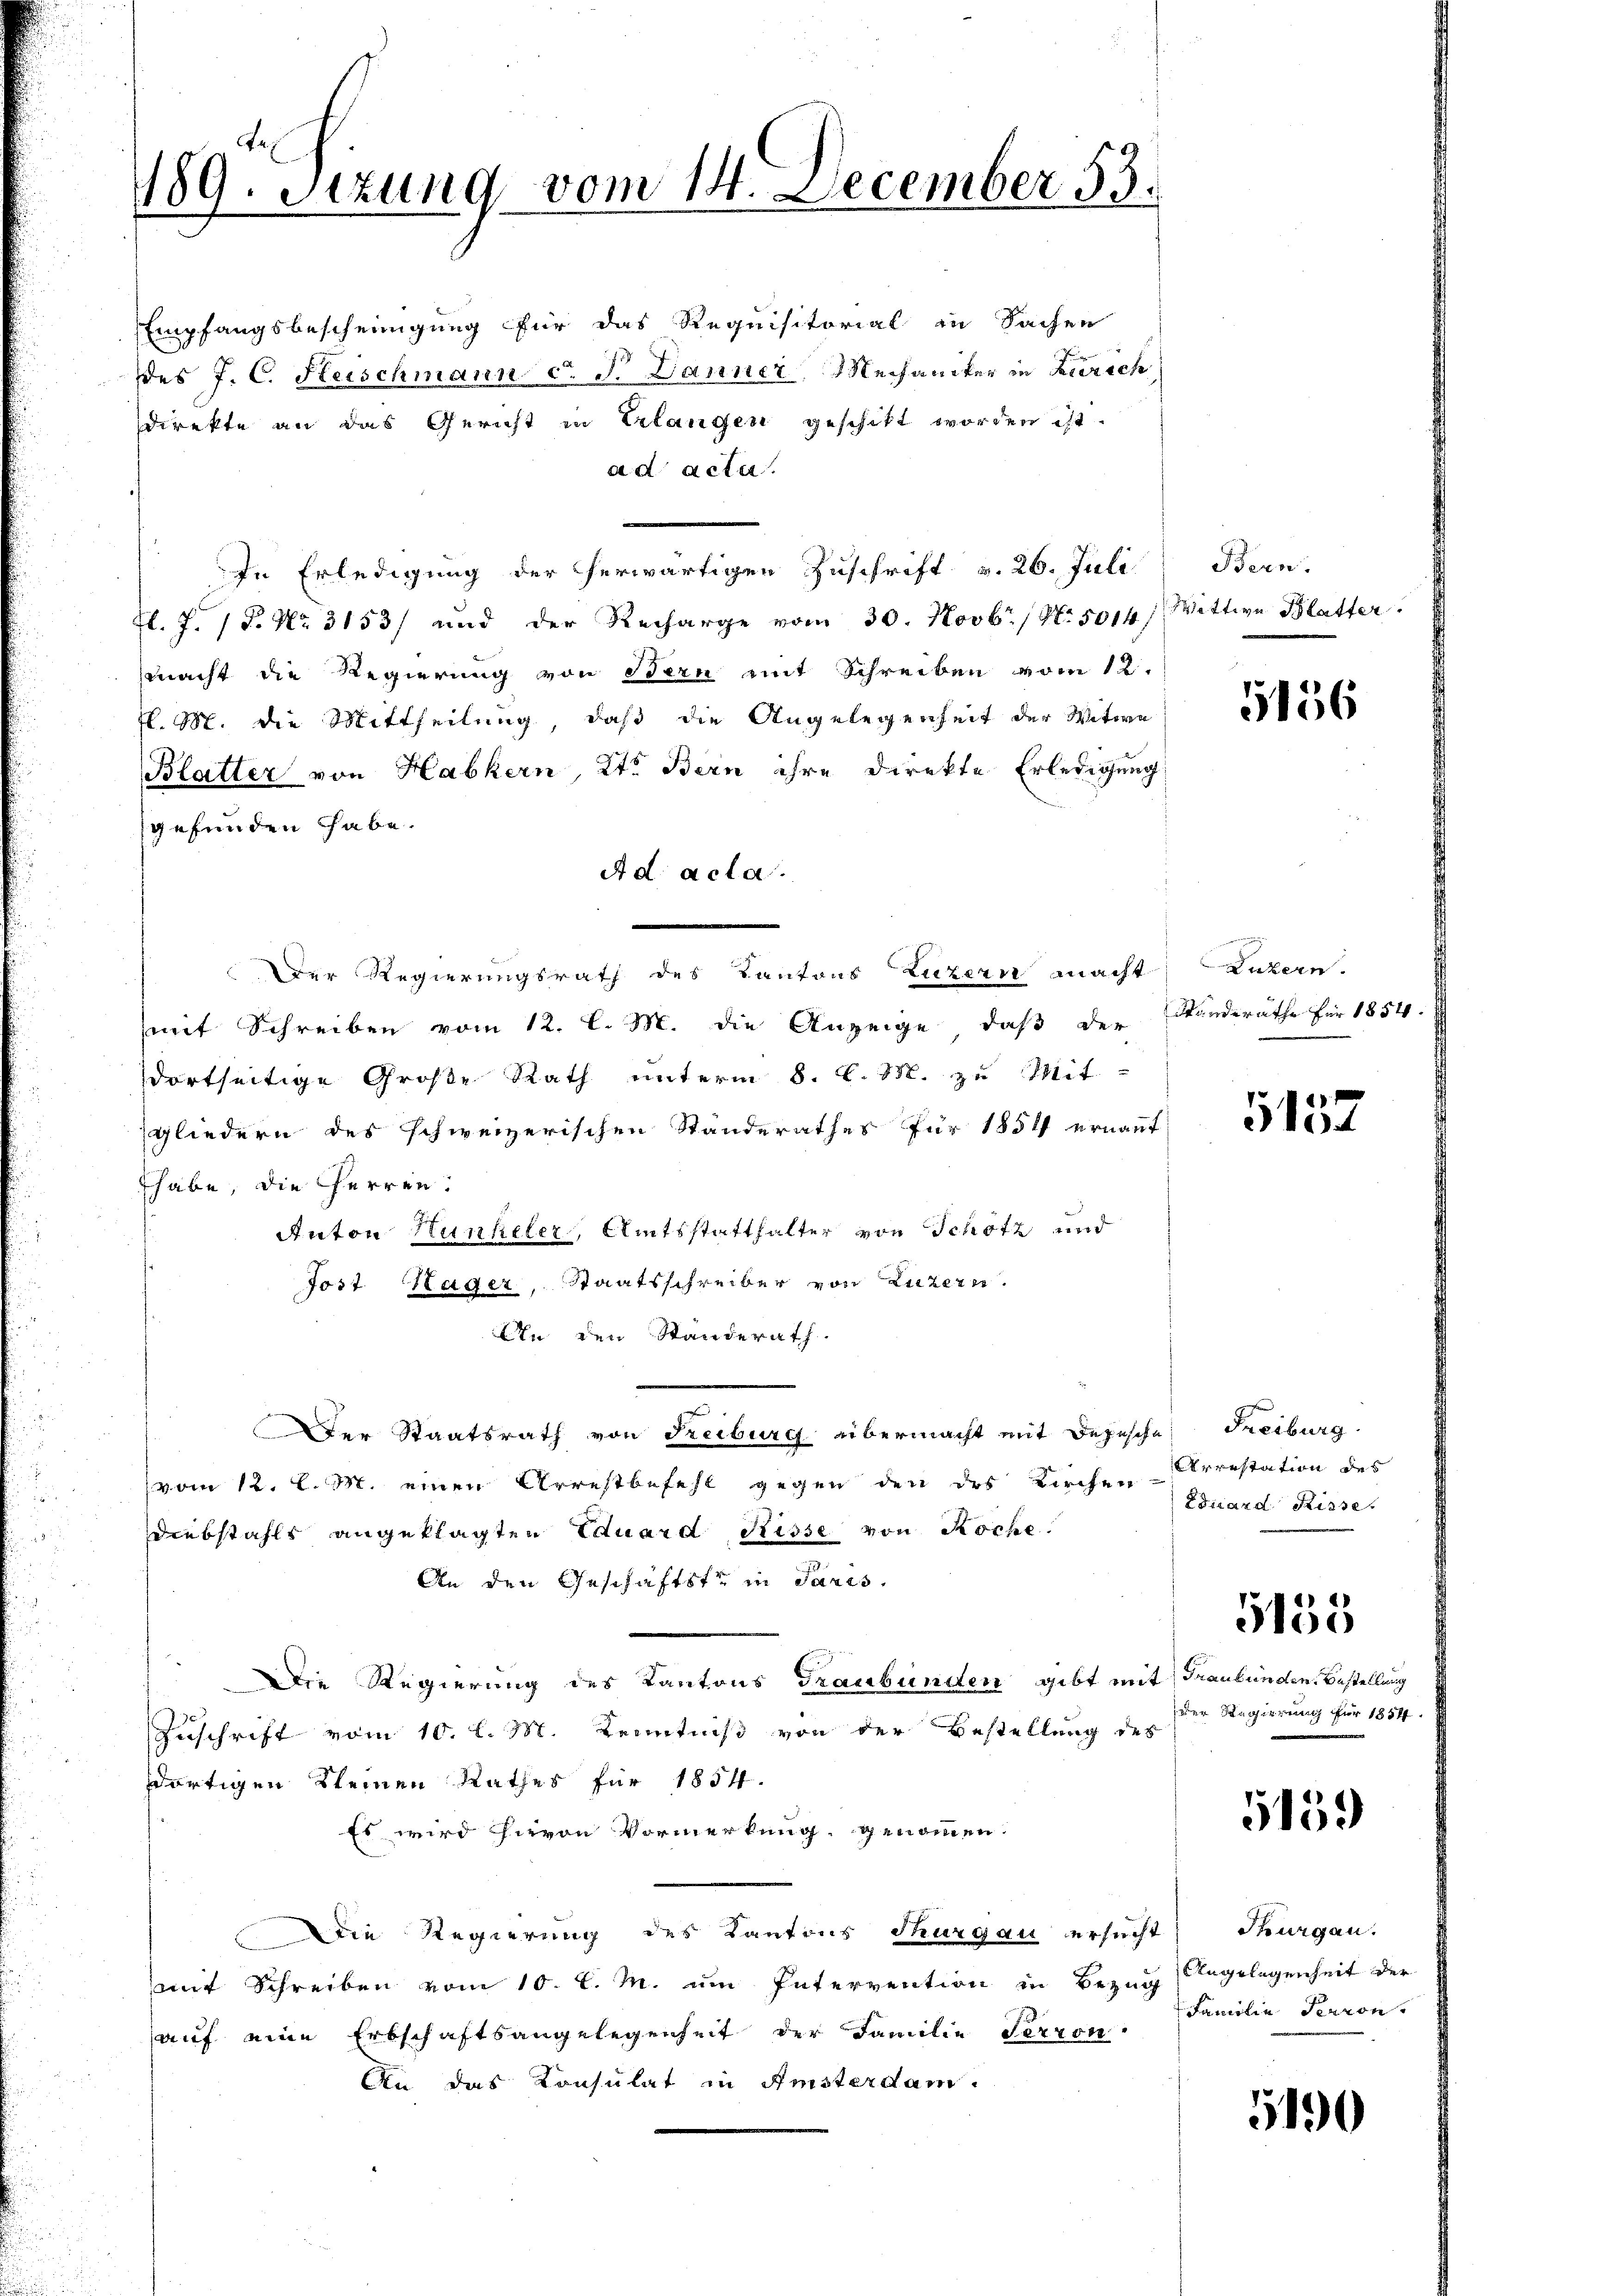
Empfangsbescheinigung für das Requisitorial in Sachen
ddes J. C. Heischmann c. J. Danner, Mechaniker in Zürich
direkte an das Gericht in Erlangen geschikt worden ist.
ad acter
In Erledigung der herwärtigen Zuschrift v. 26. Juli
F. J. P. Nr. 3153/ und der Recharge vom 30. Novbr. / No. 5014) Wittwe Blatter.
macht die Regierung von Bern mit Schreiben vom 12.
fl. M. die Mittheilung, daß die Angelegenheit der Witwe
Blatter von Habkern, Kt. Bern ihre Direkte Erledigung
gefunden habe.
A d acta.
Der Regierungsrath des Kantons Luzern macht
mit Schreiben vom 12. l. M. die Anzeige, daß der Standeräthe für 1854.
dortseitige Große Rath unterm 8. d. M. zu Mit-
gliedern des schweizerischen Standerathes für 1851 ernannt
habe, die Herren.
Anton Hunkeler, Amtsstatthalter von Schotz und
Jost Sager, Staatsschreiber von Luzern.
An den Standerath.
Der Staatsrath von Freiburg übermacht mit Depesche
(vom 12. d. M. einen Arrestbefehl gegen den des Kirchen
Diebstahls angeklagten Eduard Risse von Roche.
An den Geschäftste in Paris.
Die Regierung des Kantons Graubünden gibt mit Graubünden Bestellung
Zuschrift vom 10. l. M. Kenntniß von der Bestellung des
dortigen Kleinen Rathes für 1854.
Es wird hievon Vormerkung genommen.
Die Regierung des Kantons Thurgau ersucht
mit Schreiben vom 10. l. M. um Intervention in Bezug Angelegenheit der
auf eine Erbschaftsangelegenheit der Familie Terron
An das Konsulat in Amsterdam-

189. Sitzung vom 14. December 53.

Bern.

5156

Luzern.

5137

Freiburg.
Arrestation des
Eduard Risse.

der Regierung für 1854.

135

5159

Thurgau.
Familie Perron

5190